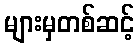
များမှတစ်ဆင့်